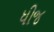
ધીજ